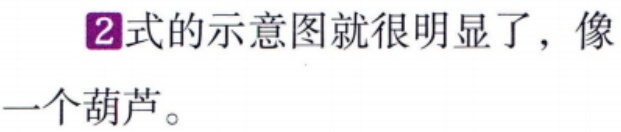
\textcircled{2}式的示意图就很明显了，像一个葫芦。